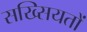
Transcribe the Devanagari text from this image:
सख्सियतों